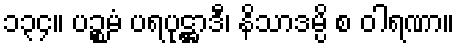
၁၃၄။ ပဉ္စမံ ပရပုဋ္ဌာဒီ၊ နိသာဒမ္ပိ စ ဝါရဏာ။